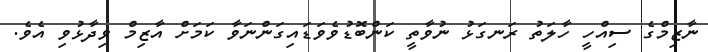
ނާޒިމްގެ ސިއްހީ ހާލަތު ރަނގަޅު ނުވާތީ ކަންބޮޑުވެވަޑައިގަންނަވާ ކަމަށް އާޒިމް ވިދާޅުވި އެވެ.